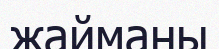
жайманы